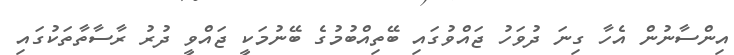
އިންސާނުން އެހާ ގިނަ ދުވަހު ޖައްވުގައި ބޭތިއްބުމުގެ ބޭނުމަކީ ޖައްވީ ދުރު ރާސާތާތަކުގައި